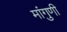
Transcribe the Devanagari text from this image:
मांगुणी